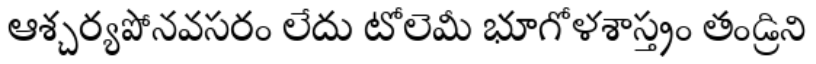
ఆశ్చర్యపోనవసరం లేదు టోలెమీ భూగోళశాస్త్రం తండ్రిని